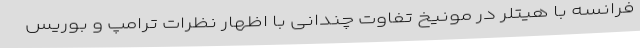
فرانسه با هیتلر در مونیخ تفاوت چندانی با اظهار نظرات ترامپ و بوریس